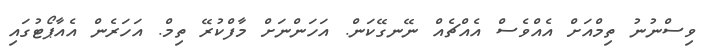
ވިސްނުނު ތިމްއަށް އެއްވެސް އެއްޗެއް ނޭނގޭކަން. އަހަންނަށް މާފްކުރޭ ތިމް. އަހަރެން އެއާޕޯޓުގައި